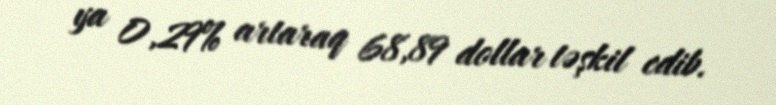
ya 0,29% artaraq 68,89 dollar təşkil edib.